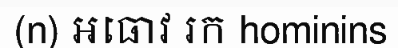
(n) អធោវ រក hominins